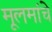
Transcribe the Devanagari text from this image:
मूलमांचे